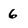
Character: 6